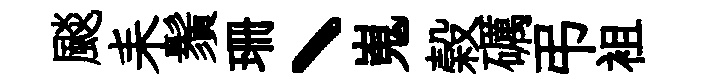
颷耒鬚珊丶嵬榖礪弔袓